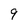
Character: 9